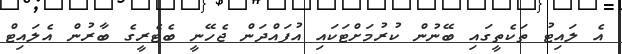
އެ ލައިޓު ތަކެތީގައި ބޭނުން ކުރުމަށްޓަކައި އުފައްދަން ޖެހޭނީ ބެޓެރީގެ ބާރުން އެލައިޓް